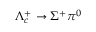
\Lambda _ { c } ^ { + } \to \Sigma ^ { + } \pi ^ { 0 }